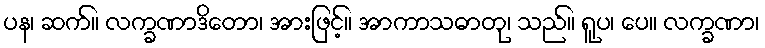
ပန၊ ဆက်။ လက္ခဏာဒိတော၊ အားဖြင့်။ အာကာသဓာတု၊ သည်။ ရူပ၊ ပေ။ လက္ခဏာ၊